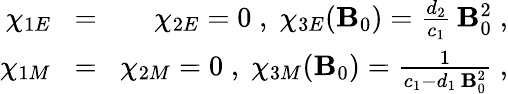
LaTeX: \begin{array}{rlr}{\chi_{1E}\! }&{=}&{\! \chi_{2E}=0\; ,\; \chi_{3E}({\mathbf B}_{0})=\frac{d_{2}}{c_{1}}\, {\mathbf B}_{0}^{2}\; ,}\\ {\chi_{1M}\! }&{=}&{\! \chi_{2M}=0\; ,\; \chi_{3M}({\mathbf B}_{0})=\frac{1}{c_{1}-d_{1}\, {\mathbf B}_{0}^{2}}\; ,}\end{array}